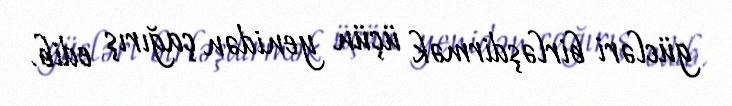
gücləri birləşdirmək üçün yenidən çağırış edib.